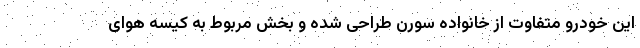
این خودرو متفاوت از خانواده سورن طراحی شده و بخش مربوط به کیسه هوای